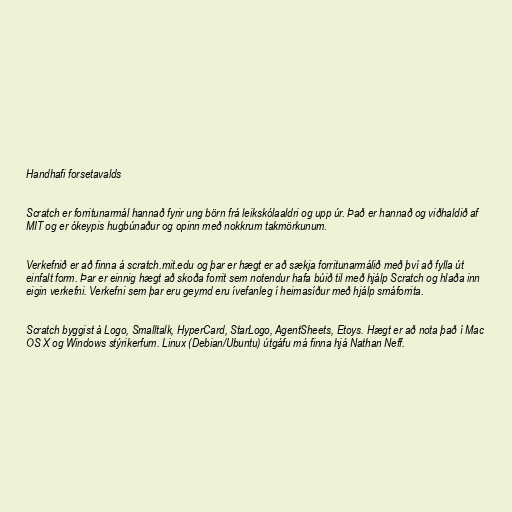
Handhafi forsetavalds

Scratch er forritunarmál hannað fyrir ung börn frá leikskólaaldri og upp úr. Það er hannað og viðhaldið af
MIT og er ókeypis hugbúnaður og opinn með nokkrum takmörkunum.

Verkefnið er að finna á scratch.mit.edu og þar er hægt er að sækja forritunarmálið með því að fylla út
einfalt form. Þar er einnig hægt að skoða forrit sem notendur hafa búið til með hjálp Scratch og hlaða inn
eigin verkefni. Verkefni sem þar eru geymd eru ívefanleg í heimasíður með hjálp smáforrita.

Scratch byggist á Logo, Smalltalk, HyperCard, StarLogo, AgentSheets, Etoys. Hægt er að nota það í Mac
OS X og Windows stýrikerfum. Linux (Debian/Ubuntu) útgáfu má finna hjá Nathan Neff.